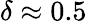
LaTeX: \delta\approx 0.5